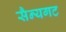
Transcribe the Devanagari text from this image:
सैन्यगट